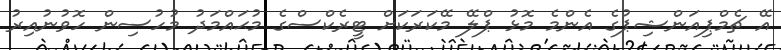
އޭ ޗެމްޕިއަންޝިޕުގެ އެންމެ މޮޅު ޕްލޭ މޭކަރަކަށް ޓީރެކްސްގެ މުޙައްމަދު މުހުސިން ހޮވުނުއިރު